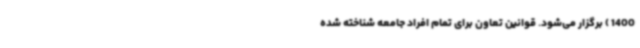
1400 ) برگزار می‌شود. قوانین تعاون برای تمام افراد جامعه شناخته شده